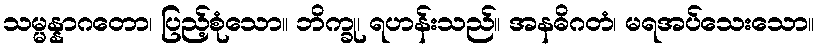
သမ္မန္နာဂတော၊ ပြည့်စုံသော။ ဘိက္ခု၊ ရဟန်းသည်။ အနဓိဂတံ၊ မရအပ်သေးသော။